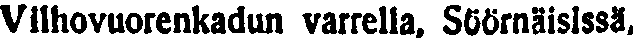
Vilhovuorenkadun varrella, Sörnäisissä,